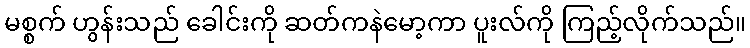
မစ္စက် ဟွန်းသည် ခေါင်းကို ဆတ်ကနဲမော့ကာ ပူးလ်ကို ကြည့်လိုက်သည်။